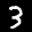
Label: 3